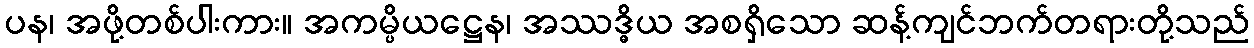
ပန၊ အဖို့တစ်ပါးကား။ အကမ္ပိယဋ္ဌေန၊ အဿဒ္ဓိယ အစရှိသော ဆန့်ကျင်ဘက်တရားတို့သည်